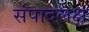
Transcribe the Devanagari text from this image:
संपादलक्ष